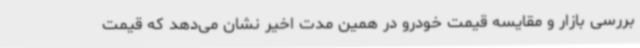
بررسی بازار و مقایسه قیمت خودرو در همین مدت اخیر نشان می‌دهد که قیمت